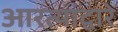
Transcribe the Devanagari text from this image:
आरत्यांद्वारे